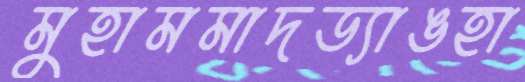
মুহামমাদড্যাঙহা